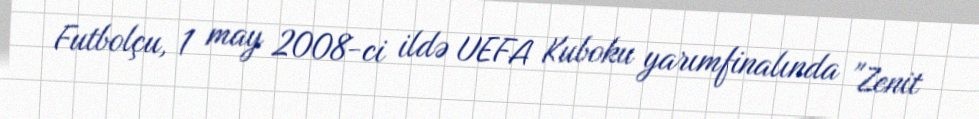
Futbolçu, 1 may 2008-ci ildə UEFA Kuboku yarımfinalında "Zenit